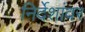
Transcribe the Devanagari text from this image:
निर्देशांवर